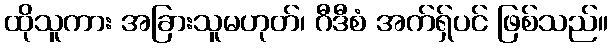
ထိုသူကား အခြားသူမဟုတ်၊ ဂီဒီစံ အက်ရှ်ပင် ဖြစ်သည်။